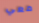
معي